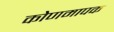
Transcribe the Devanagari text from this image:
कोणमापक